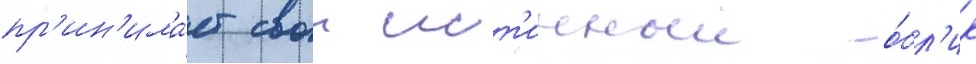
пр'ин'има́ет свои ист'инныи о́бл'ик